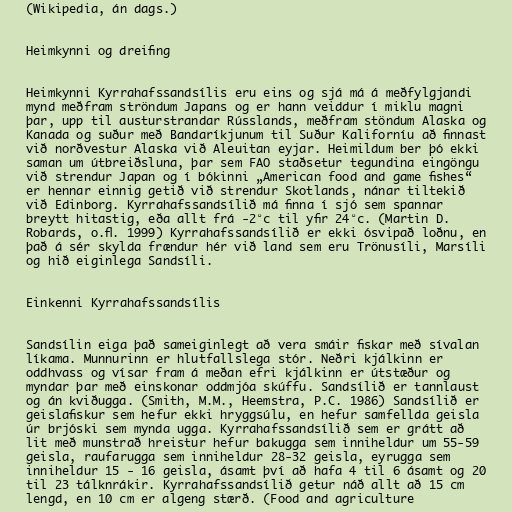
(Wikipedia, án dags.)

Heimkynni og dreifing

Heimkynni Kyrrahafssandsílis eru eins og sjá má á meðfylgjandi
mynd meðfram ströndum Japans og er hann veiddur í miklu magni
þar, upp til austurstrandar Rússlands, meðfram stöndum Alaska og
Kanada og suður með Bandaríkjunum til Suður Kaliforníu að finnast
við norðvestur Alaska við Aleuitan eyjar. Heimildum ber þó ekki
saman um útbreiðsluna, þar sem FAO staðsetur tegundina eingöngu
við strendur Japan og í bókinni „American food and game fishes“
er hennar einnig getið við strendur Skotlands, nánar tiltekið
við Edinborg. Kyrrahafssandsílið má finna í sjó sem spannar
breytt hitastig, eða allt frá -2°c til yfir 24°c. (Martin D.
Robards, o.fl. 1999) Kyrrahafssandsílið er ekki ósvipað loðnu, en
það á sér skylda frændur hér við land sem eru Trönusíli, Marsíli
og hið eiginlega Sandsíli.

Einkenni Kyrrahafssandsílis

Sandsílin eiga það sameiginlegt að vera smáir fiskar með sívalan
líkama. Munnurinn er hlutfallslega stór. Neðri kjálkinn er
oddhvass og vísar fram á meðan efri kjálkinn er útstæður og
myndar þar með einskonar oddmjóa skúffu. Sandsílið er tannlaust
og án kviðugga. (Smith, M.M., Heemstra, P.C. 1986) Sandsílið er
geislafiskur sem hefur ekki hryggsúlu, en hefur samfellda geisla
úr brjóski sem mynda ugga. Kyrrahafssandsílið sem er grátt að
lit með munstrað hreistur hefur bakugga sem inniheldur um 55-59
geisla, raufarugga sem inniheldur 28-32 geisla, eyrugga sem
inniheldur 15 - 16 geisla, ásamt því að hafa 4 til 6 ásamt og 20
til 23 tálknrákir. Kyrrahafssandsílið getur náð allt að 15 cm
lengd, en 10 cm er algeng stærð. (Food and agriculture